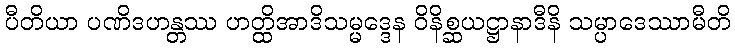
ပီတိယာ ပဏိဒဟန္တဿ ဟတ္ထိအာဒိသမ္မဒ္ဒေန ဝိနိစ္ဆယဋ္ဌာနာဒီနိ သမ္ပာဒေဿာမီတိ